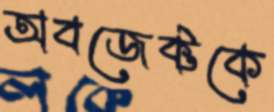
অবজেক্টকে